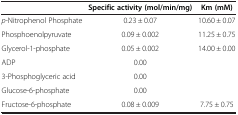
<table><thead><tr><td><b> </b></td><td><b>Specific activity (mol/min/mg)</b></td><td><b>Km (mM)</b></td></tr></thead><tbody><tr><td><i>p</i>-Nitrophenol Phosphate</td><td>0.23 ± 0.07</td><td>10.60 ± 0.07</td></tr><tr><td>Phosphoenolpyruvate</td><td>0.09 ± 0.002</td><td>11.25 ± 0.75</td></tr><tr><td>Glycerol-1-phosphate</td><td>0.05 ± 0.002</td><td>14.00 ± 0.00</td></tr><tr><td>ADP</td><td>0.00</td><td> </td></tr><tr><td>3-Phosphoglyceric acid</td><td>0.00</td><td> </td></tr><tr><td>Glucose-6-phosphate</td><td>0.00</td><td> </td></tr><tr><td>Fructose-6-phosphate</td><td>0.08 ± 0.009</td><td>7.75 ± 0.75</td></tr></tbody></table>